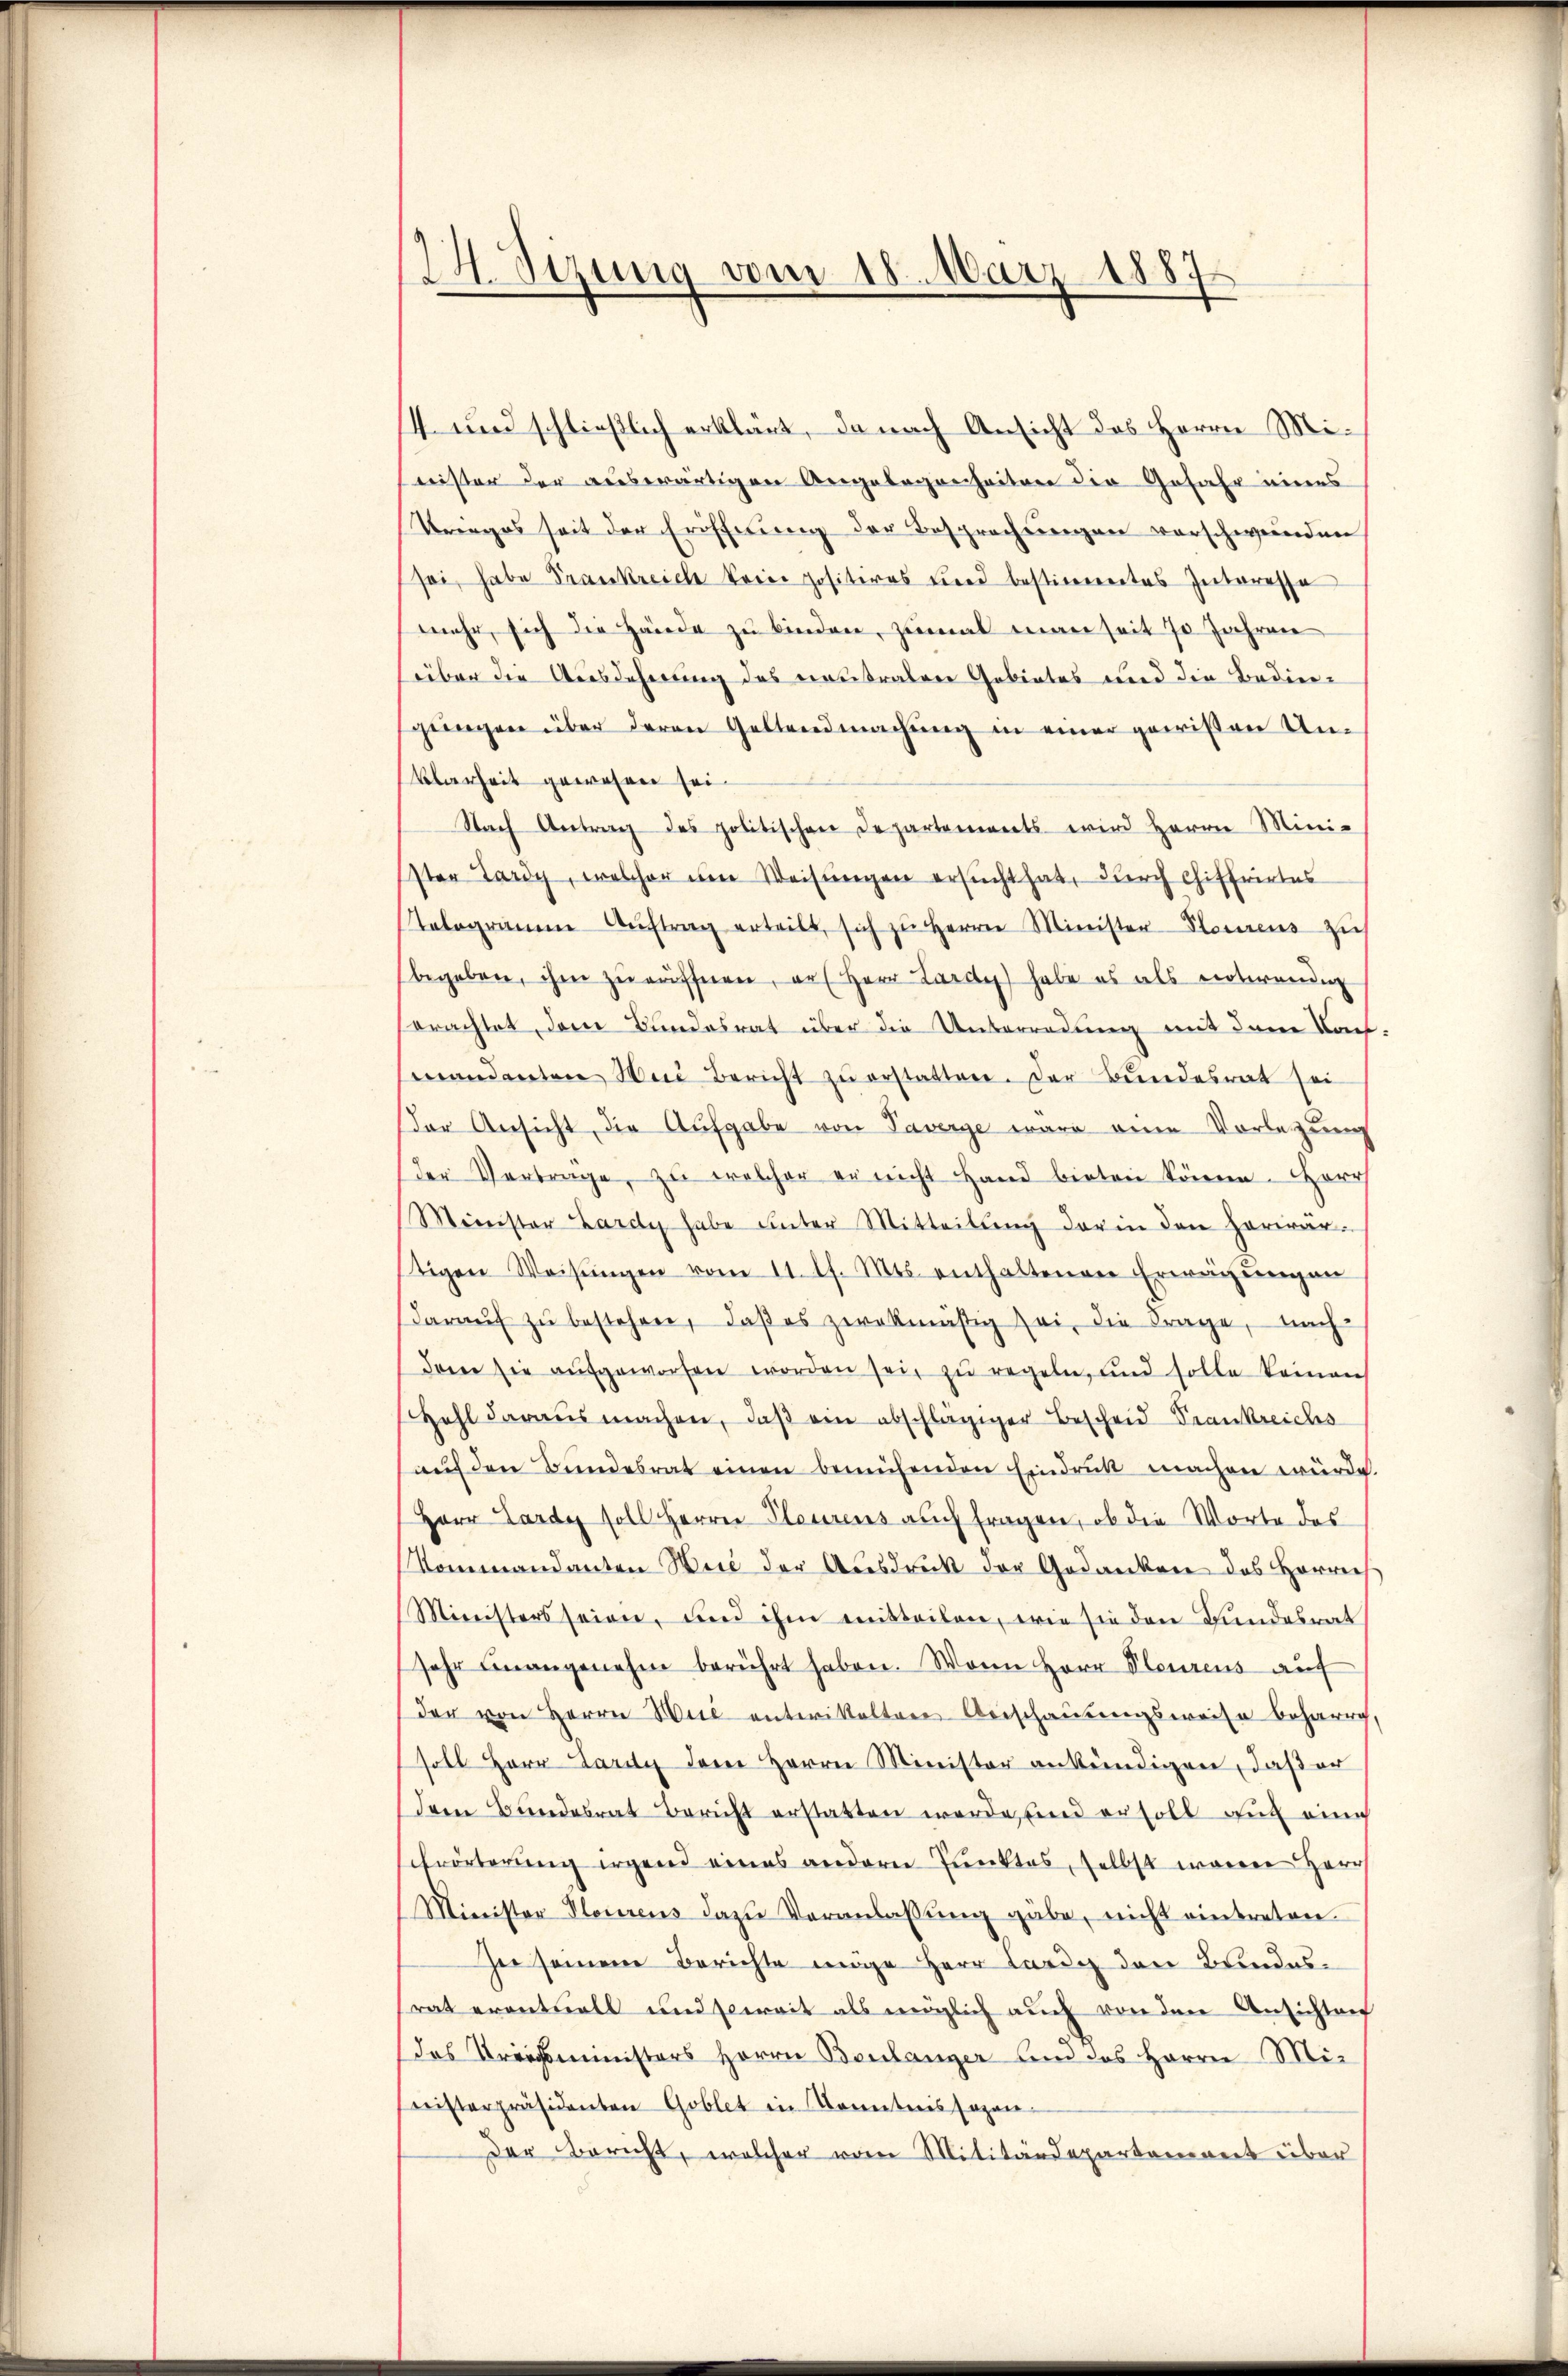
24. Sizung vom 18. März 1887

14 und schließlich erklärt, da nach Ansicht des Herrn Minister der auswärtigen Angelegenheitere die Gefahr eines
Krieges seit der Erischerŭng der Besprechungen vorschwerenden
sei, habe Frankreich keine positeres und bestimmtes Interesse
mehr sich die Hände zŭ binden, zumal man seit 70 Jahren
über die Ausdehnung des neutralere Gebietes und die Bediengungen über deren Geltendmachung in einer gewißen Un¬
Vlarheit gewesen sei.
Nach Antrag des politischen Departements wird Herrn Mini-
ster Lardy, welcher um Weisungen ersucht hat, durch Chiffrirtes
Telegramm Aŭftrag erteilt, sich zŭ Herrn Minister-Stamens zu
begeben, ihm zu räffnen, an Herr Lardy habe es als notwendig
erachtet, dem Bundesrat über die Unterredung mit dem Kant
mandanten Bei Bericht zŭ erstatten. Der Bundesrat sei
Der Ansicht die Aufgabe von Taverge wäre eine Vorlegung
der Vertrage, zu welcher er nicht Hand bieten könne. Herr
Minister Lardy habe unter Mitteilŭng der in den herwär-
stigen Weisŭngen vom 11. d. Mts. enthaltenen Erwägŭngen
daraŭf zŭ bestehen, daβ es zwekmäßig sei, die Frage, nach
dem sie aŭfgeworfen worden sei, zu regeln, und solle keinen
Zahl daraus machen, daβ ein abschlägiger Bescheid Trankreichs
aŭf den Bundesrat einen bemühenden Eindruck machen würde.
Herr Lardy soll Herrn Plaurens auch fragen, ob die Worte des
Kommandanten Weid der Ausdruck der Gedanken des Herrei
Ministers seien, und ihm mitteilen, wie sie den Bundesrat
sehr unangenehm berührt haben. Wann Herr Steurens auf
der von Herrn Wie unterittelten Beischausungsweise beharre
soll Herr Lardy dem Herrn Minister ankündigen, daß er
dem Bundesrat Bericht erstatten werde, und er soll auch eine
schwörterung irgend eines andern Punktes, selbst waren Herr
Minister Plourens dazŭ Veranlassŭng gäbe, nicht eintreten.
ser seinem Berichte möge Herr Lardy den Brindesrat erantrall und soweit als möglich auch von den Ansichten
das Treichsministers Herrn Beulanger und das Herrn Ministerpräsidenten Goblet in Komitnis sagen-
Der Bericht, welcher vom Militärdeparteniret über